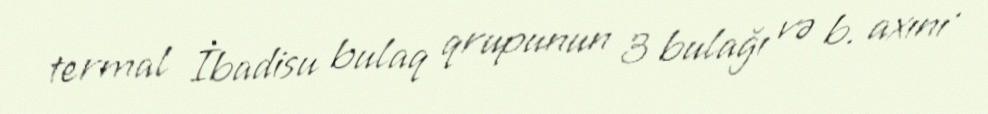
termal İbadisu bulaq qrupunun 3 bulağı və b. axını .